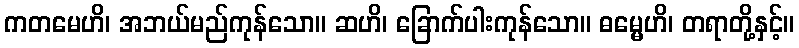
ကတမေဟိ၊ အဘယ်မည်ကုန်သော။ ဆဟိ၊ ခြောက်ပါးကုန်သော။ ဓမ္မေဟိ၊ တရာတို့နှင့်။